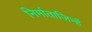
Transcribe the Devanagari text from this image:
निर्माताजिन्हें